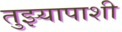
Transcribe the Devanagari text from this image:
तुझ्यापाशी